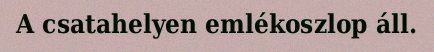
A csatahelyen emlékoszlop áll.